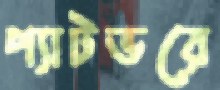
প্যাটভরে